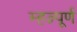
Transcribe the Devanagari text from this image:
म्हत्न्पूर्ण